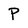
Character: P